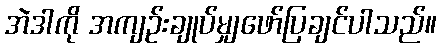
အဲဒါကို အကျဉ်းချုပ်မျှဖော်ပြချင်ပါသည်။